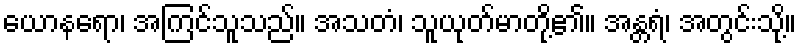
ယောနရော၊ အကြင်သူသည်။ အသတံ၊ သူယုတ်မာတို့၏။ အန္တရံ၊ အတွင်းသို့။